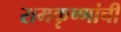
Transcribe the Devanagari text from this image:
रामकृष्णांची